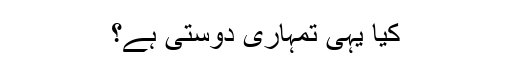
کیا یہی تمہاری دوستی ہے؟